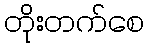
တိုးတက်စေ